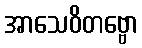
အာသေဝိတဗ္ဗော